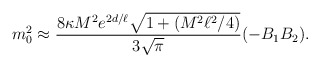
\begin{align*}m_0^2 \approx{8\kappa M^2 e^{2d/\ell}\sqrt{1+(M^2\ell^2/4)}\over 3\sqrt{\pi}} (-B_1 B_2).\end{align*}